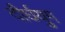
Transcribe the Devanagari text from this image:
दीर्घयुग